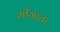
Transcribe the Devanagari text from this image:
भींगांचा